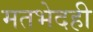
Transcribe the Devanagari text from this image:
मतभेदही